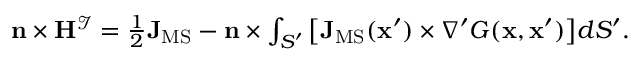
\begin{array} { r } { \mathbf { n } \times \mathbf { H } ^ { \mathcal { I } } = \frac { 1 } { 2 } \mathbf { J } _ { \mathrm { M S } } - \mathbf { n } \times \int _ { S ^ { \prime } } \big [ \mathbf { J } _ { \mathrm { M S } } ( \mathbf { x } ^ { \prime } ) \times \nabla ^ { \prime } G ( \mathbf { x } , \mathbf { x } ^ { \prime } ) \big ] d S ^ { \prime } . } \end{array}